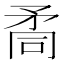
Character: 𥍩